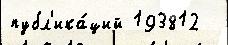
публ'ика́ций 193812